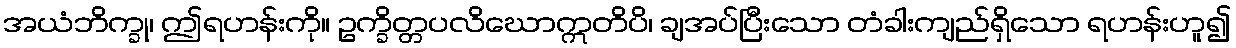
အယံဘိက္ခု၊ ဤရဟန်းကို။ ဥက္ခိတ္တပလိဃောဣတိပိ၊ ချအပ်ပြီးသော တံခါးကျည်ရှိသော ရဟန်းဟူ၍